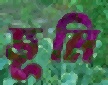
ভূমি